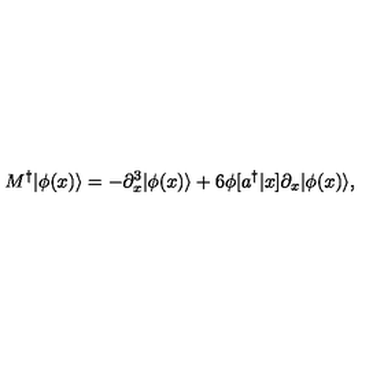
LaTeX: M ^ { \dagger } | \phi ( x ) \rangle = - \partial _ { x } ^ { 3 } | \phi ( x ) \rangle + 6 \phi [ a ^ { \dagger } | x ] \partial _ { x } | \phi ( x ) \rangle ,